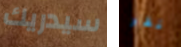
سيدريك نقر